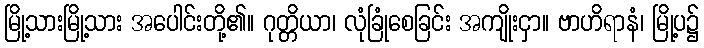
မြို့သားမြို့သား အပေါင်းတို့၏။ ဂုတ္တိယာ၊ လုံခြုံစေခြင်း အကျိုးငှာ။ ဗာဟိရာနံ၊ မြို့ပ၌